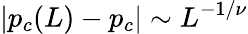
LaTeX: |p_{c}(L)-p_{c}|\sim L^{-1/\nu}